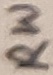
Text: RW